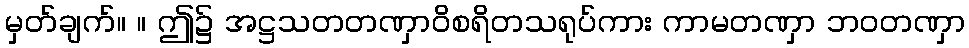
မှတ်ချက်။ ။ ဤ၌ အဋ္ဌသတတဏှာဝိစရိတသရုပ်ကား ကာမတဏှာ ဘဝတဏှာ